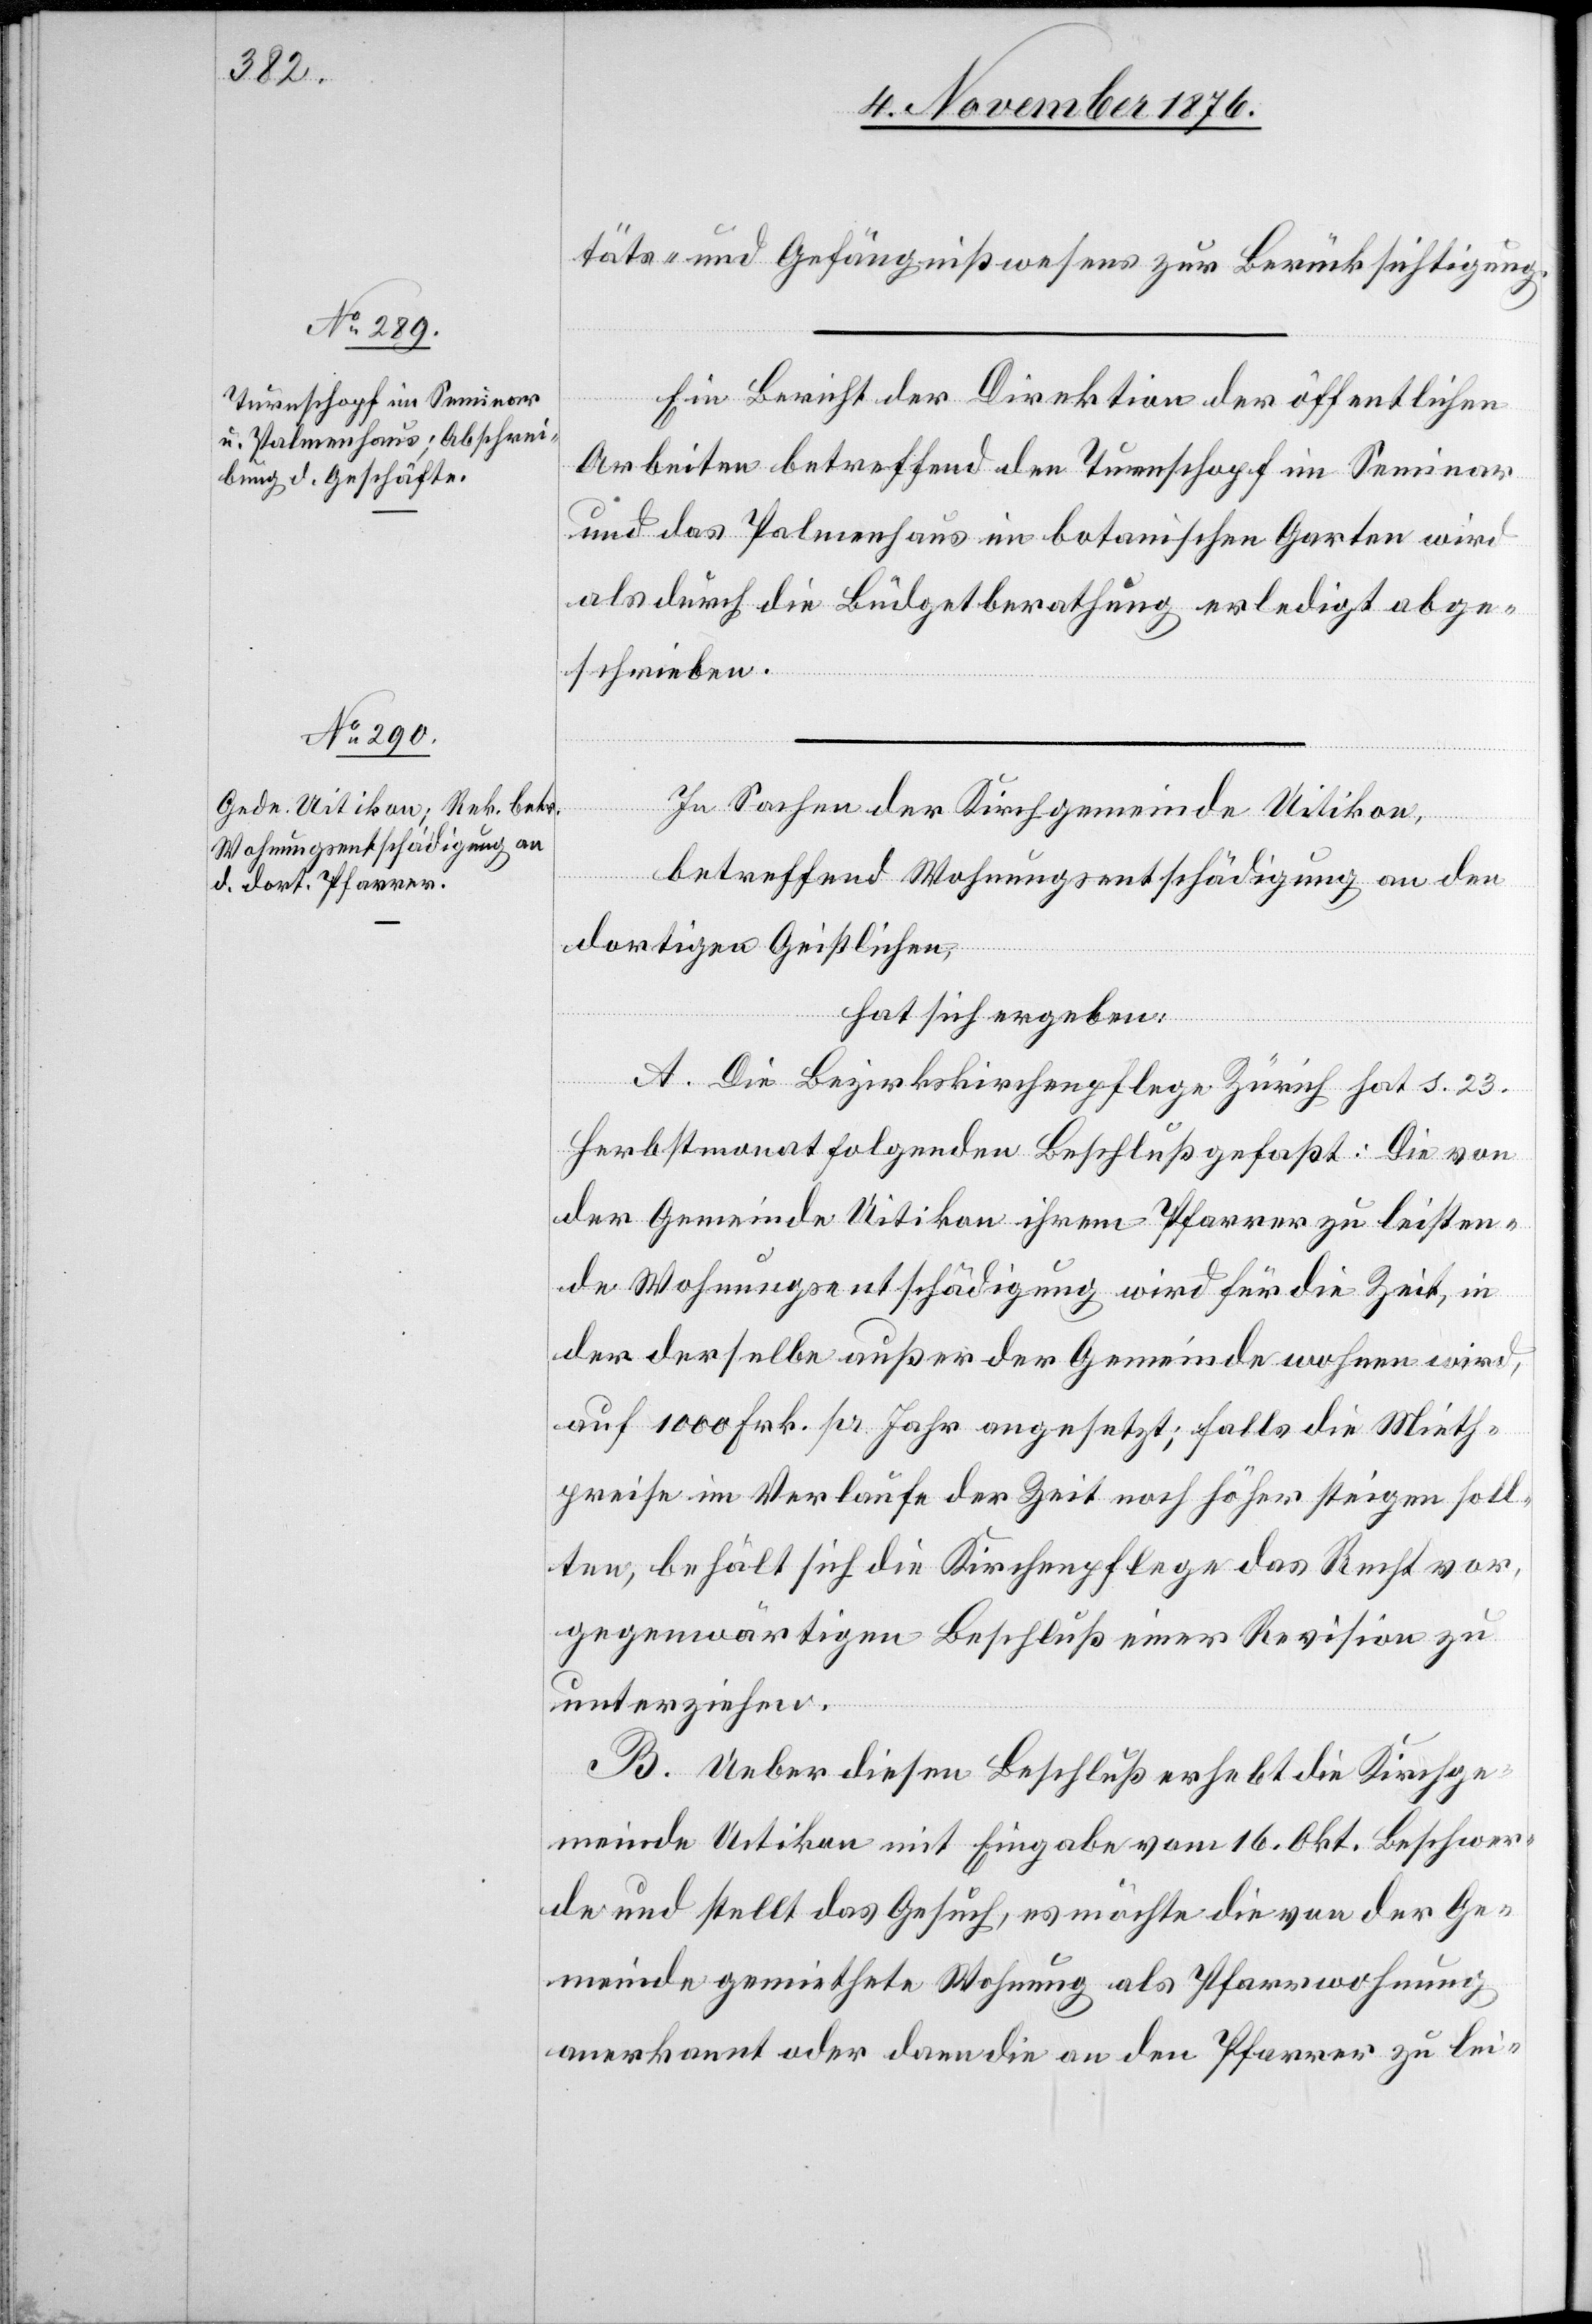
täts- und Gefängnißwesens zur Berücksichtigung.
Ein Bericht der Direktion der öffentlichen
Arbeiten betreffend den Turnschopf im Seminar
und das Palmenhaus im botanischen Garten wird
als durch die Büdgetberathung erledigt abge¬
schrieben.
In Sachen der Kirchgemeinde Uitikon,
betreffend Wohnungsentschädigung an den
dortigen Geistlichen,
hat sich ergeben:
A. Die Bezirksschulpflege Zürich hat s. 23.
Herbstmonat folgenden Beschluß gefaßt: Die von
der Gemeinde Uitikon ihrem Pfarrer zu leisten¬
de Wohnungsentschädigung wird für die Zeit, in
der derselbe außer der Gemeinde wohnen wird,
auf 1000 Frk. pr. Jahr angesetzt; falls die Mieth¬
preise im Verlaufe der Zeit noch höher steigen soll¬
ten, behält sich die Kirchenpflege das Recht vor,
gegenwärtigen Beschluß einer Revision zu
unterziehen.
B. Ueber diesen Beschluß erhebt die Kirchge¬
meinde Uitikon mit Eingabe vom 16. Okt. Beschwer¬
de und stellt das Gesuch, es möchte die von der Ge¬
meinde gemiethete Wohnung als Pfarrwohnung
anerkannt oder dann die an den Pfarrer zu lei-